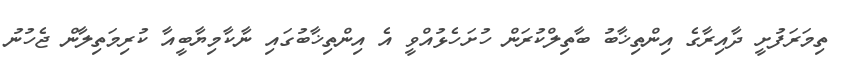
ތިމަރަފުށީ ދާއިރާގެ އިންތިޚާބު ބާތިލްކުރަން ހުށަހެޅުއްވީ އެ އިންތިޚާބުގައި ނާކާމިޔާބީއާ ކުރިމަތިލާން ޖެހުނު